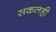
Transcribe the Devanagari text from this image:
सकलही